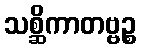
သစ္ဆိကာတဗ္ဗဉ္စ